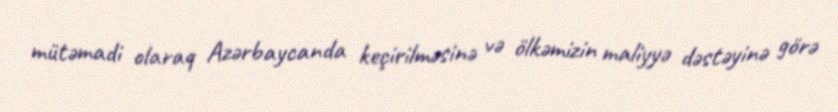
mütəmadi olaraq Azərbaycanda keçirilməsinə və ölkəmizin maliyyə dəstəyinə görə